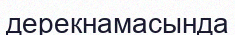
дерекнамасында